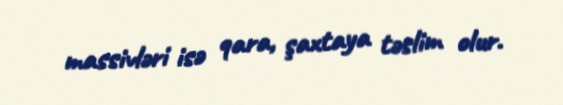
massivləri isə qara, şaxtaya təslim olur.